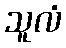
သူလံ